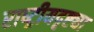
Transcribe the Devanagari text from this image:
राष्‍ट्रीयदृष्ट्या